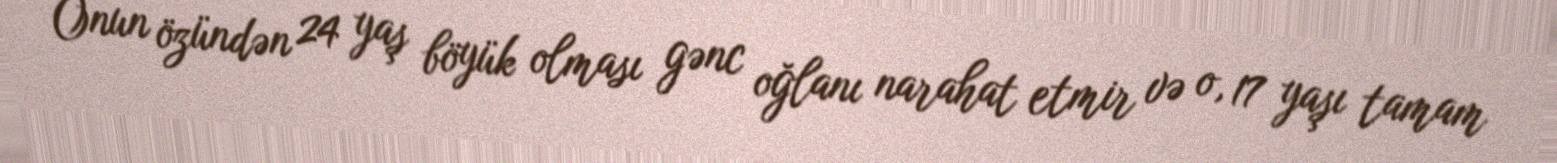
Onun özündən 24 yaş böyük olması gənc oğlanı narahat etmir və o, 17 yaşı tamam